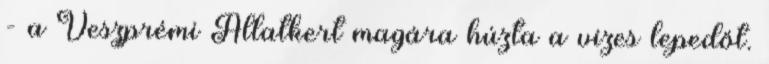
- a Veszprémi Állatkert magára húzta a vizes lepedőt.